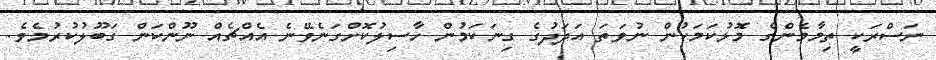
ނަސްރަކީ ތިމާމެންގެ މޮޅުކަމަކުން ނުވަތަ އަދަދުގެ ގިނަކަމުން ހާސިލުކޮށްގަނެވޭނެ އެއްޗެއް ނޫންކަން ގަބޫލުކުރުމެވެ.